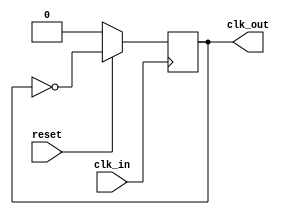

  `timescale 1ns / 100ps
  
  module freq_div2(output reg clk_out,  // port list and declarations
                   input clk_in,
                   input reset);
                   
  always @(posedge clk_in)  // input clock signal posedge
  begin 
    if(!reset) clk_out <= 0;  // sync reset
    else clk_out <= ~clk_out;  // use not block assign
  end
    
  endmodule